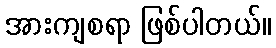
အားကျစရာ ဖြစ်ပါတယ်။